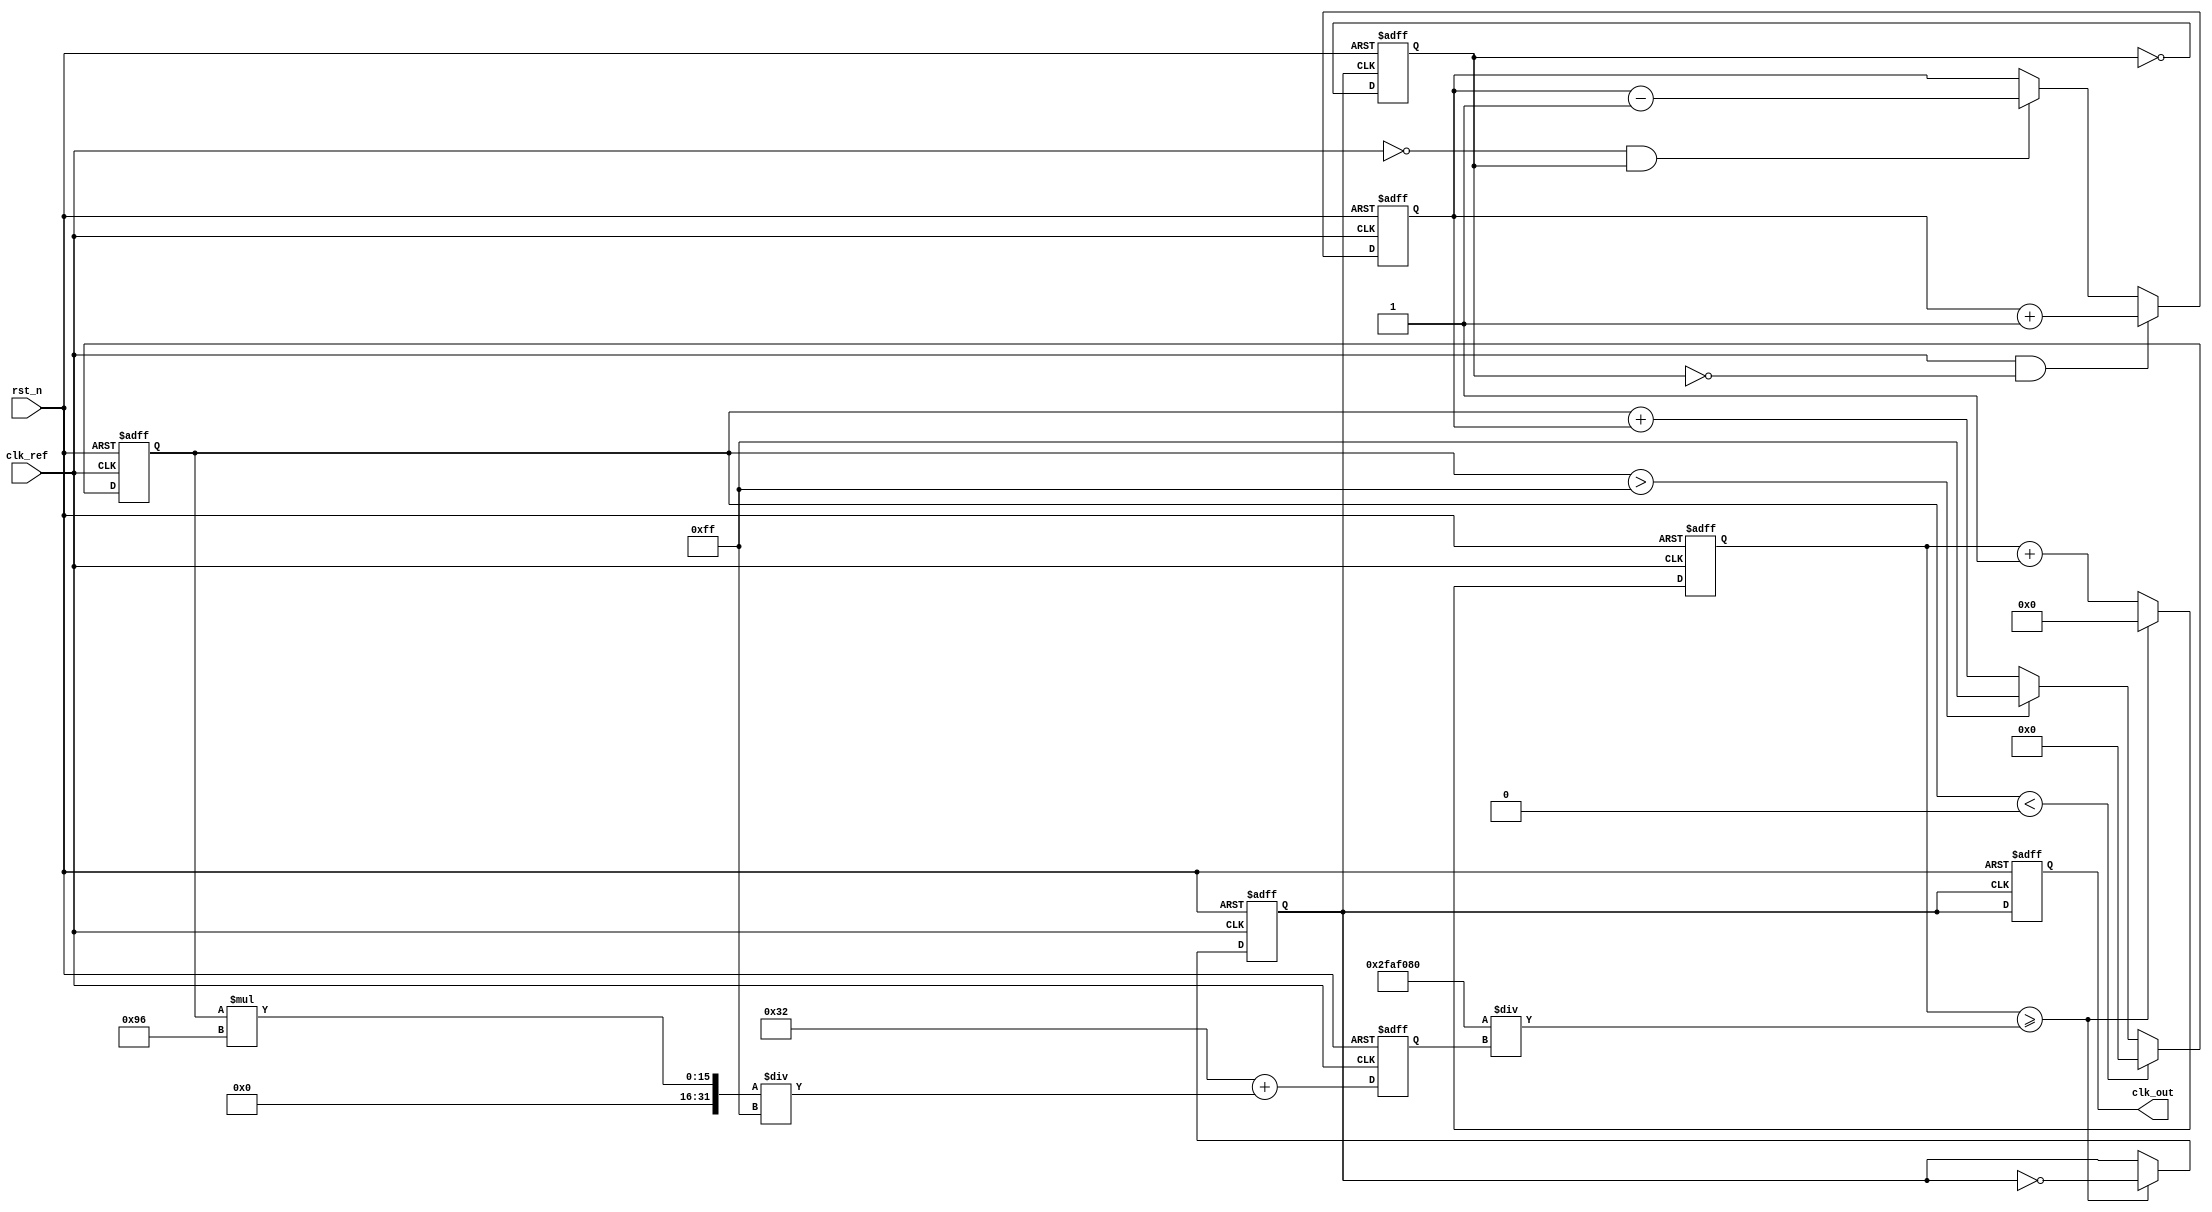
module low_jitter_pll (
    input wire clk_ref,           // Reference clock input
    input wire rst_n,             // Active low reset
    output reg clk_out            // Output clock
);

// Parameters for PLL
parameter DIV_RATIO = 4;        // Frequency division ratio
parameter VCO_MAX_FREQ = 200;   // Max VCO frequency (in MHz)
parameter VCO_MIN_FREQ = 50;    // Min VCO frequency (in MHz)

// Internal signals
reg [3:0] phase_error;          // Phase error from PD
reg [7:0] control_voltage;       // Control voltage for VCO
reg [31:0] vco_counter;          // Counter for VCO frequency
reg [31:0] vco_frequency;        // Current VCO frequency
reg clk_vco;                    // VCO output clock
reg clk_feedback;               // Feedback clock from divider

// Phase Detector (PD)
always @(posedge clk_ref or negedge rst_n) begin
    if (!rst_n) begin
        phase_error <= 0;
    end else begin
        // Simple phase comparison logic
        if (clk_ref && !clk_feedback) begin
            phase_error <= phase_error + 1; // Phase lead
        end else if (!clk_ref && clk_feedback) begin
            phase_error <= phase_error - 1; // Phase lag
        end
    end
end

// Loop Filter (LF)
always @(posedge clk_ref or negedge rst_n) begin
    if (!rst_n) begin
        control_voltage <= 0;
    end else begin
        // Simple proportional control for demonstration
        control_voltage <= control_voltage + phase_error;
        // Clamping control voltage to VCO limits
        if (control_voltage > 255) control_voltage <= 255;
        if (control_voltage < 0) control_voltage <= 0;
    end
end

// Voltage-Controlled Oscillator (VCO)
always @(posedge clk_ref or negedge rst_n) begin
    if (!rst_n) begin
        vco_counter <= 0;
        clk_vco <= 0;
        vco_frequency <= VCO_MIN_FREQ; // Start at minimum frequency
    end else begin
        // Adjust VCO frequency based on control voltage
        vco_frequency <= VCO_MIN_FREQ + (control_voltage * (VCO_MAX_FREQ - VCO_MIN_FREQ) / 255);
        vco_counter <= vco_counter + 1;

        // Generate VCO clock based on the calculated frequency
        if (vco_counter >= (50000000 / vco_frequency)) begin // Assuming a 50 MHz clock_ref
            clk_vco <= ~clk_vco;
            vco_counter <= 0;
        end
    end
end

// Frequency Divider (FD)
always @(posedge clk_vco or negedge rst_n) begin
    if (!rst_n) begin
        clk_feedback <= 0;
    end else begin
        // Simple divide by DIV_RATIO
        clk_feedback <= ~clk_feedback; // Toggle feedback clock
    end
end

// Output clock
always @(posedge clk_vco or negedge rst_n) begin
    if (!rst_n) begin
        clk_out <= 0;
    end else begin
        clk_out <= clk_vco; // Output the VCO clock
    end
end

endmodule